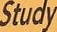
Study